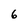
Character: 6